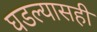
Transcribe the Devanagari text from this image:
घडल्यासही